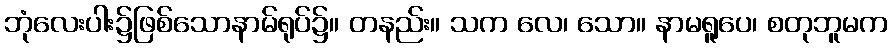
ဘုံလေးပါး၌ဖြစ်သောနာမ်ရုပ်၌။ တနည်း။ သက လေ၊ သော။ နာမရူပေ၊ စတုဘူမက